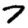
Digit: 7